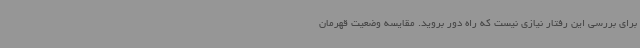
برای بررسی این رفتار نیازی نیست که راه دور بروید. مقایسه وضعیت قهرمان